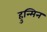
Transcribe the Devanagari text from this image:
हुन्मिन